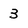
Character: 3